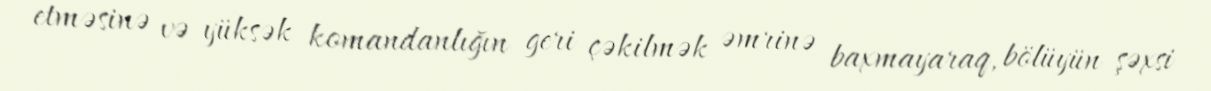
etməsinə və yüksək komandanlığın geri çəkilmək əmrinə baxmayaraq, bölüyün şəxsi